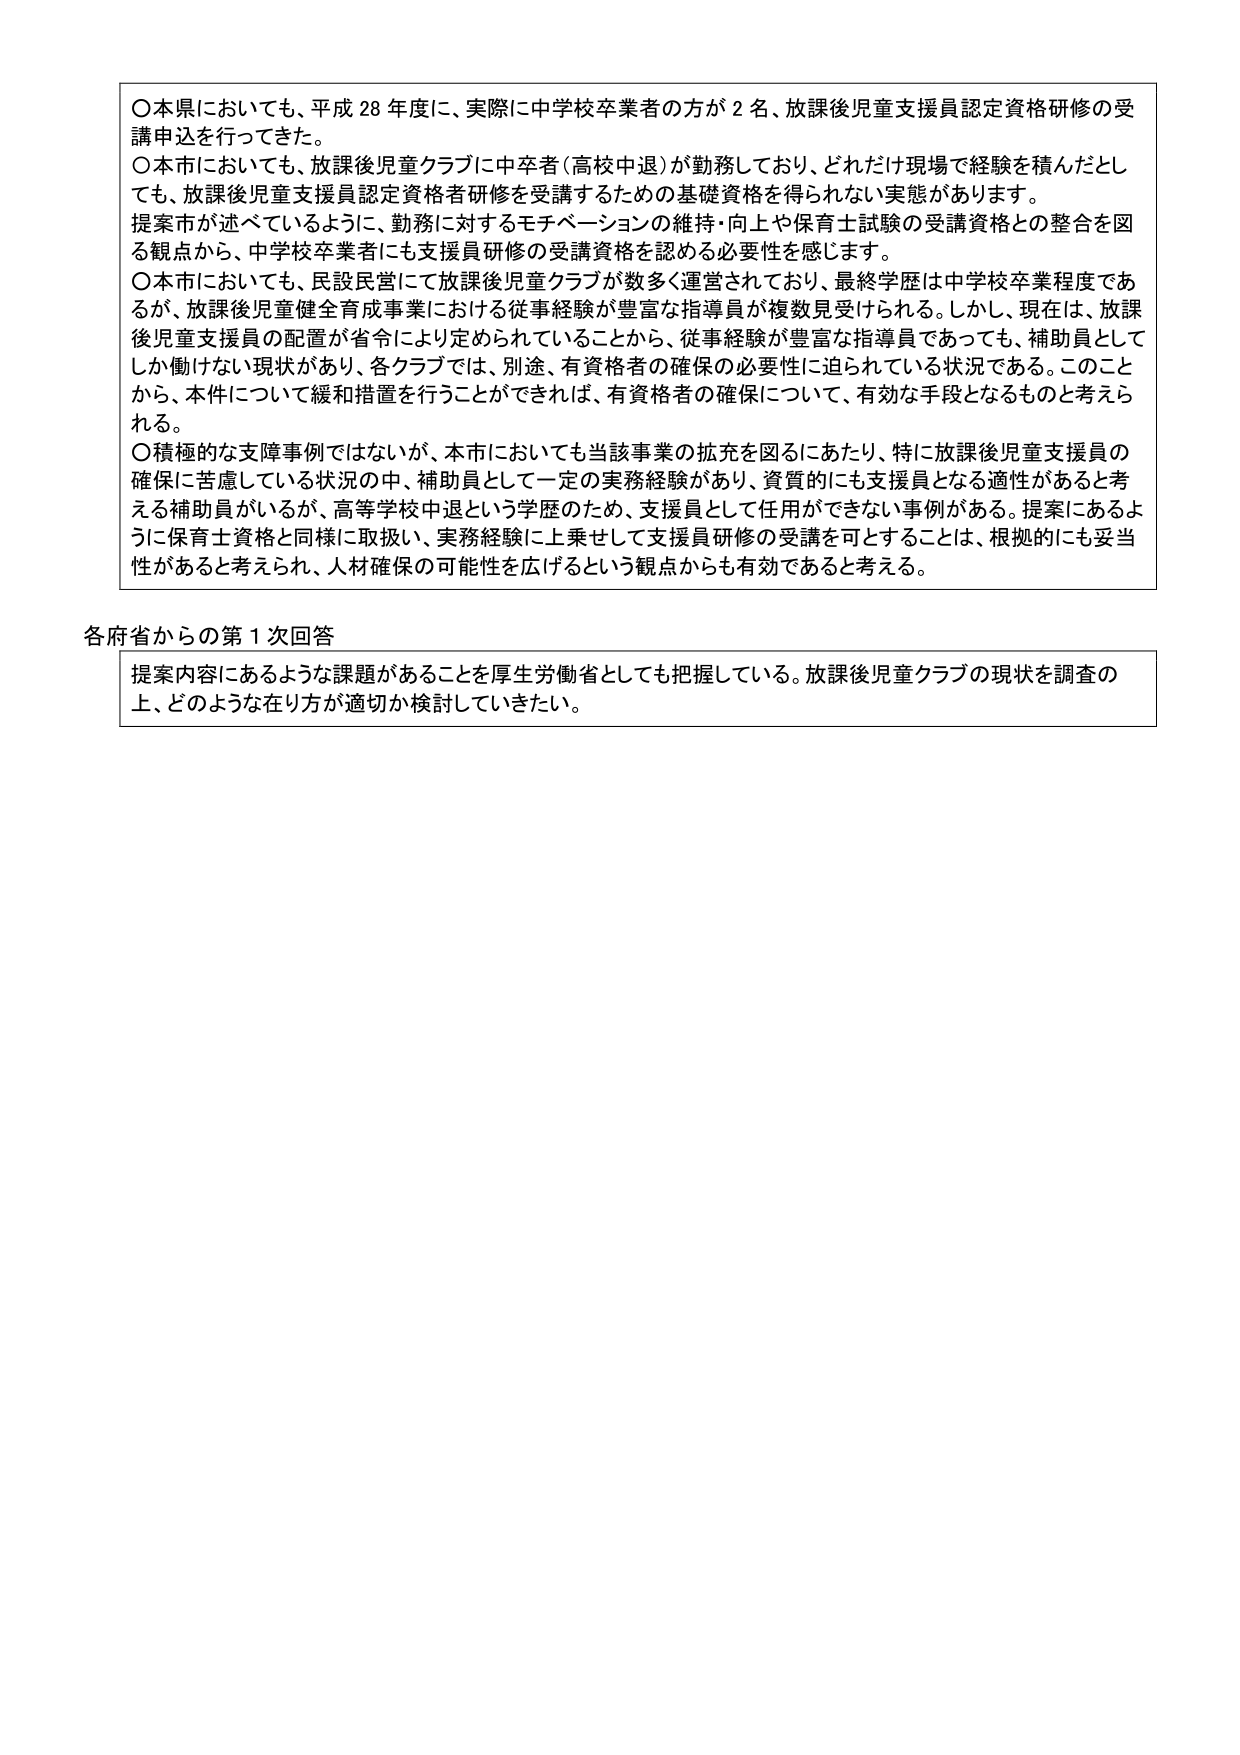
〇本県においても、平成28年度に、実際に中学校卒業者の方が2名、放課後児童支援員認定資格研修の受講申込を行ってきた。
〇本市においても、放課後児童クラブに中卒者（高校中退）が勤務しており、どれだけ現場で経験を積んだとしても、放課後児童支援員認定資格者研修を受講するための基礎資格を得られない実態があります。
提案市が述べているように、勤務に対するモチベーションの維持・向上や保育士試験の受講資格との整合を図る観点から、中学校卒業者にも支援員研修の受講資格を認める必要性を感じます。
〇本市においても、民設民営にて放課後児童クラブが数多く運営されており、最終学歴は中学校卒業程度であるが、放課後児童健全育成事業における従事経験が豊富な指導員が複数見受けられる。しかし、現在は、放課後児童支援員の配置が省令により定められていることから、従事経験が豊富な指導員であっても、補助員としてしか働けない現状があり、各クラブでは、別途、有資格者の確保の必要性に迫られている状況である。このことから、本件について緩和措置を行うことができれば、有資格者の確保について、有効な手段となるものと考えられる。
〇積極的な支援事例ではないが、本市においても当該事業の拡充を図るにあたり、特に放課後児童支援員の確保に苦慮している状況の中、補助員として一定の実務経験があり、資質的にも支援員となる適性があると考える補助員がいるが、高等学校中退という学歴のため、支援員として任用ができない事例がある。提案にあるように保育士資格と同様に取扱い、実務経験に上乗せして支援員研修の受講を可とすることは、根拠的にも妥当性があると考えられ、人材確保の可能性を広げるという観点からも有効であると考える。

各府省からの第1次回答
提案内容にあるような課題があることを厚生労働省としても把握している。放課後児童クラブの現状を調査の上、どのような在り方が適切か検討していきたい。